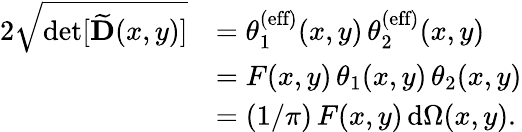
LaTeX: \begin{array}{rl}{2\sqrt{\operatorname*{det}[\widetilde{\mathbf{D}}(x,y)]}}&{=\theta_{1}^{\textrm{(eff)}}(x,y)\, \theta_{2}^{\textrm{(eff)}}(x,y)}\\ &{=F(x,y)\, \theta_{1}(x,y)\, \theta_{2}(x,y)}\\ &{=(1/\pi)\, F(x,y)\, \mathrm{d}\Omega(x,y).}\end{array}